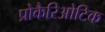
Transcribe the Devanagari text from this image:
प्रोकैरिओटिक